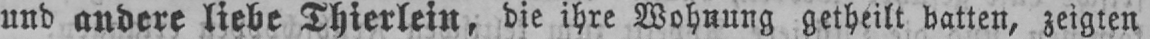
und andere liebe Thierlein, die ihre Wohnung getheilt hatten, zeigten